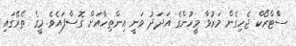
ސްްޓްރޯކް ޖެހިގެން މަރުވާ މީހުންގެ އަދަދު ވަނީ އިންތިހާއަށް ގޮސްފައެވެ. މީގެ ތެރޭގައި